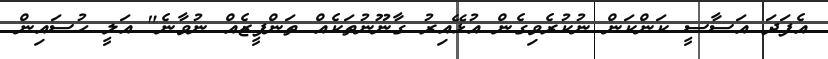
އެފަދަ އަސާސީ ކަންކަން ނުކުރެވިގެން އުޅޭއިރު ގާނޫނުތަކެއް ތަންފީޒެއް ނުވާނެ" އަލީ ހުސައިން